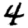
Digit: 4